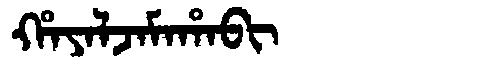
Manchu: ᡥᠠᠶᠠᠯᠵᠠᠮᠠᡥᠠᠪᡳ
Romanization: HAYALJAMAHABI